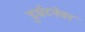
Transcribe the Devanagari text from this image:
दुर्घटनेवर